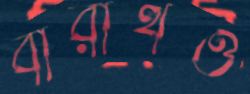
বারাথও